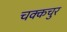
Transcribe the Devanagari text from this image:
चक्कचुर